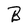
Character: B